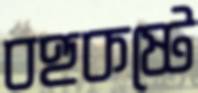
বহুকষ্টে